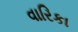
વારિકા